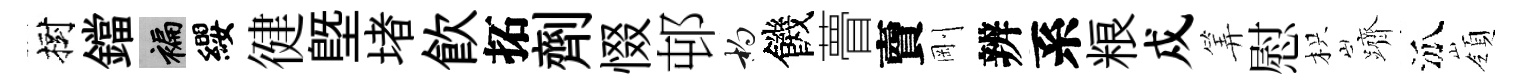
樹鐺褊纓徤塈堵飮拓劑惙邨杓饑瞢𧶠剛辨系粮戍筭慰枳躋泒嶺